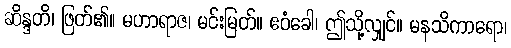
ဆိန္ဒတိ၊ ဖြတ်၏။ မဟာရာဇ၊ မင်းမြတ်။ ဧဝံခေါ၊ ဤသို့လျှင်။ မနသိကာရော၊